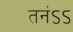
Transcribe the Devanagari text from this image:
तनंऽऽ